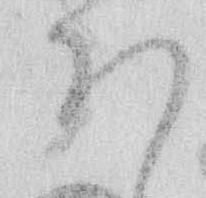
ほ